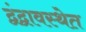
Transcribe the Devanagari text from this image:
द्वंद्वावस्थेत